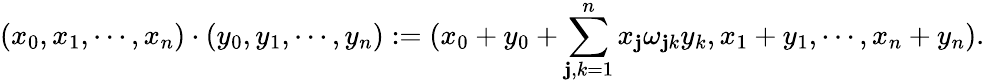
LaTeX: (x_{0},x_{1},\cdots,x_{n})\cdot(y_{0},y_{1},\cdots,y_{n}):=(x_{0}+y_{0}+\sum_{\mathbf{j},k=1}^{n}x_{\mathbf{j}}\omega_{\mathbf{j}k}y_{k},x_{1}+y_{1},\cdots,x_{n}+y_{n}).